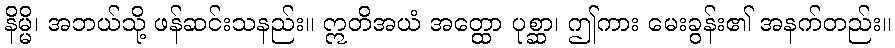
နိမ္မိ၊ အဘယ်သို့ ဖန်ဆင်းသနည်း။ ဣတိအယံ အတ္ထော ပုစ္ဆာ၊ ဤကား မေးခွန်း၏ အနက်တည်း။